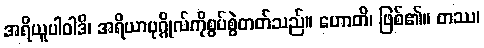
အရိယူပါဝါဒိ၊ အရိယာပုဂ္ဂိုလ်ကိုစွပ်စွဲတတ်သည်။ ဟောတိ၊ ဖြစ်၏။ တဿ၊